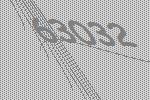
63032